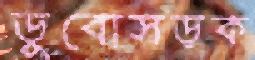
ডুবোসড়ক